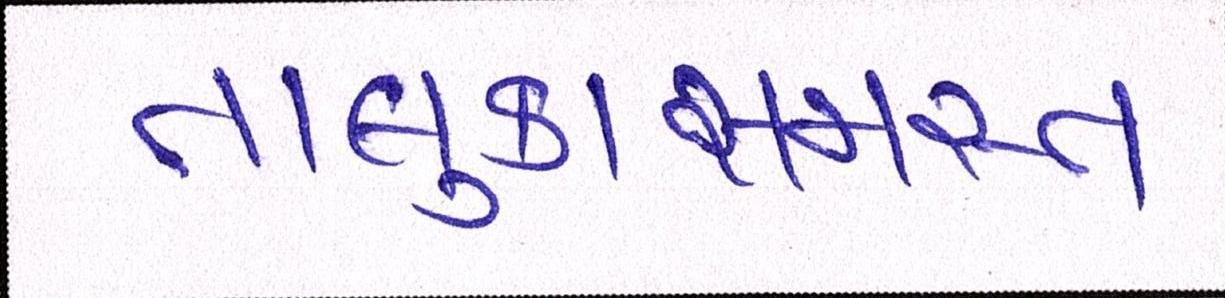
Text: તાલુકાસમસ્ત